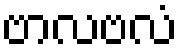
ဗာလဗလံ